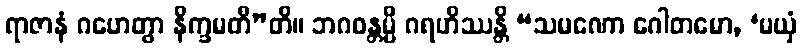
ရာဇာနံ ဂဟေတွာ နိက္ခမတီ”တိ။ ဘဂဝန္တမ္ပိ ဂရဟိဿန္တိ “သမဏော ဂေါတမော, ‘မယှံ